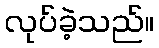
လုပ်ခဲ့သည်။